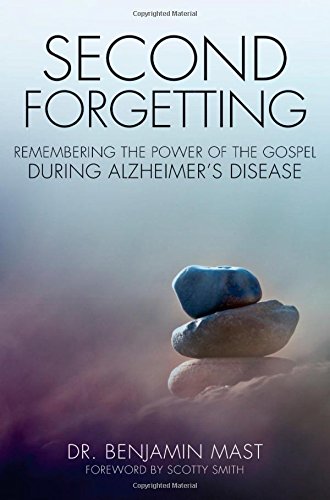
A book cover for Second Forgetting: Remembering the Power of the Gospel during Alzheimer's Disease; Dr. Benjamin T. Mast; Health, Fitness & Dieting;